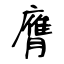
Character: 膺